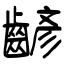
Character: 齴